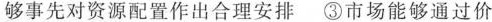
够事先对资源配置作出合理安排 ③市场能够通过价